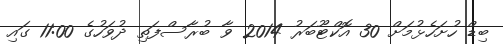
ބިޑް ހުށަހެޅުމަށް 30 އޮކްޓޫބަރު 2014 ވާ ބުރާސްފަތި ދުވަހުގެ 11:00 ގައި